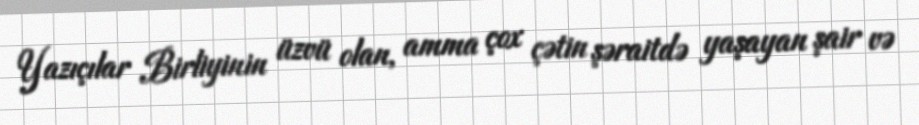
Yazıçılar Birliyinin üzvü olan, amma çox çətin şəraitdə yaşayan şair və